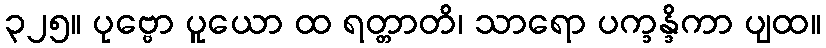
၃၂၅။ ပုဗ္ဗော ပူယော ထ ရတ္တာတိ၊ သာရော ပက္ခန္ဒိကာ ပျထ။